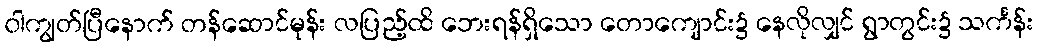
ဝါကျွတ်ပြီနောက် တန်ဆောင်မုန်း လပြည့်ထိ ဘေးရန်ရှိသော တောကျောင်း၌ နေလိုလျှင် ရွာတွင်း၌ သင်္ကန်း